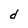
Character: d